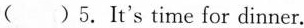
( ) 5.It's time for dinner.